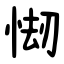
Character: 㥘